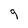
Character: q